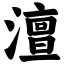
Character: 澶